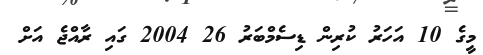
މީގެ 10 އަހަރު ކުރިން ޑިސެމްބަރު 26 2004 ގައި ރާއްޖެ އަށް